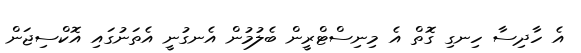
އެ ހާދިސާ ހިނގި ގޮތް އެ މިނިސްޓްރީން ބެލުމުން އެނގުނީ އެތަނުގައި އޮކްސިޖަން